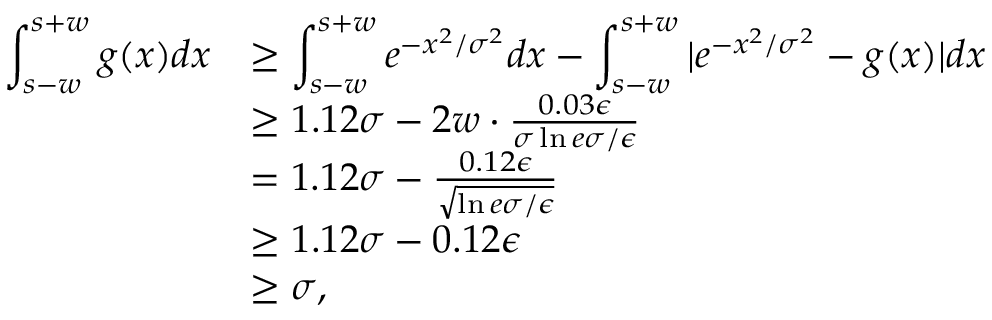
\begin{array} { r l } { \displaystyle \int _ { s - w } ^ { s + w } g ( x ) d x } & { \ge \displaystyle \int _ { s - w } ^ { s + w } e ^ { - x ^ { 2 } / \sigma ^ { 2 } } d x - \displaystyle \int _ { s - w } ^ { s + w } | e ^ { - x ^ { 2 } / \sigma ^ { 2 } } - g ( x ) | d x } \\ & { \ge 1 . 1 2 \sigma - 2 w \cdot \frac { 0 . 0 3 \epsilon } { \sigma \ln { e \sigma / \epsilon } } } \\ & { = 1 . 1 2 \sigma - \frac { 0 . 1 2 \epsilon } { \sqrt { \ln { e \sigma / \epsilon } } } } \\ & { \ge 1 . 1 2 \sigma - 0 . 1 2 \epsilon } \\ & { \ge \sigma , } \end{array}